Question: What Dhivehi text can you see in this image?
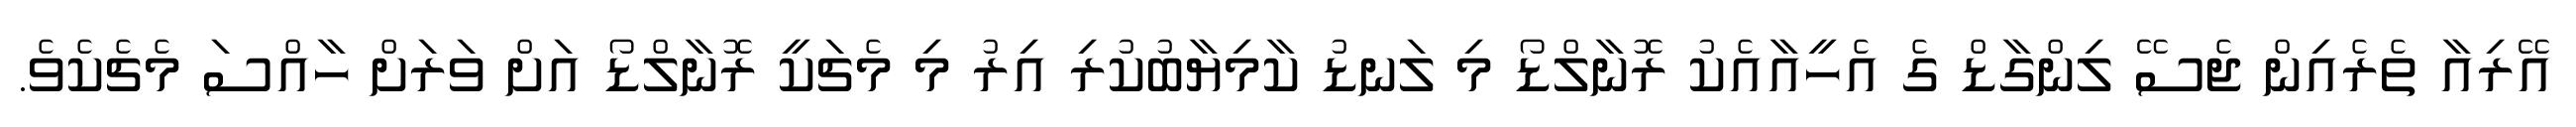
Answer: އޭރިއާ ތެރެއިން ޖެސޭ ލިންގާޑް ގެ އެހީއާއެކު ރޮނާލްޑޯ މި ލަނޑު ކާމިޔާބުކުރި އިރު މި މެޗަކީ ރޮނާލްޑޯ އަށް ވަރަށް ހާއްސަ މެޗެކެވެ.